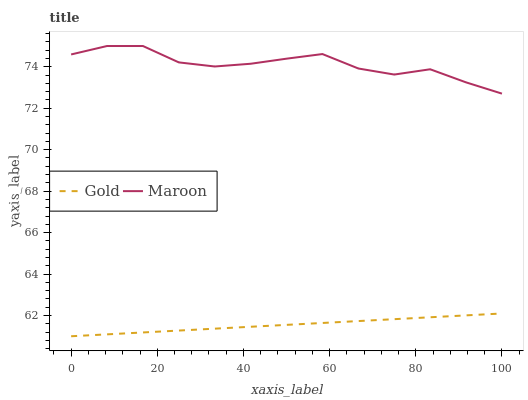
| xaxis_label | Gold | Maroon |
 | --- | --- | --- |
 | 0 | 61 | 74.6 |
 | 8.33 | 61.1 | 75 |
 | 16.7 | 61.2 | 75 |
 | 25 | 61.3 | 74.2 |
 | 33.3 | 61.4 | 74 |
 | 41.7 | 61.5 | 74.1 |
 | 50 | 61.5 | 74.4 |
 | 58.3 | 61.6 | 74.6 |
 | 66.7 | 61.7 | 73.9 |
 | 75 | 61.8 | 73.6 |
 | 83.3 | 61.9 | 73.9 |
 | 91.7 | 62 | 73.2 |
 | 100 | 62.1 | 72.7 |